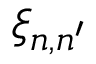
\xi _ { n , n ^ { \prime } }